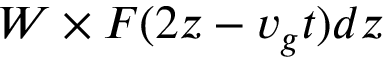
W \times F ( 2 z - v _ { g } t ) d z